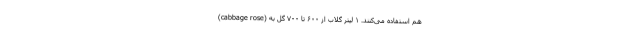
(cabbage rose) هم استفاده می‌کنند. ۱ لیتر گلاب از ۶۰۰ تا ۷۰۰ گل به